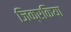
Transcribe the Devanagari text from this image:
जिक्रकिया